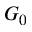
G _ { 0 }